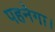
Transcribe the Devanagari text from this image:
पहनेगा।